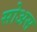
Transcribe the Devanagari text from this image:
सोअस